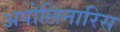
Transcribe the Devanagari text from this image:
अपोलिनारिस